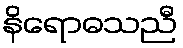
နိရောဓသညီ